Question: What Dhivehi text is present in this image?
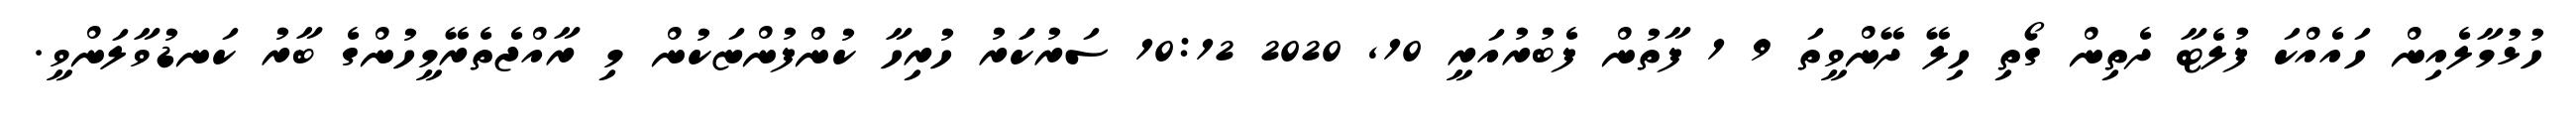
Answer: ހުޅުމާލެއިން ހައެއްކަ ފުލެޓާ ދެތިން ގޯތި ހިލޭ ދޭންވީތަ 9 1 ފާތުން ފެބުރުއަރީ 10, 2020 10:12 ސަރުކަަރު ހުރިހާ ކުންފުންޏަކުން މި ރާއްޖެތެރޭމީހުންގެ ބާރު ކަނޑުވާލަންވީ.